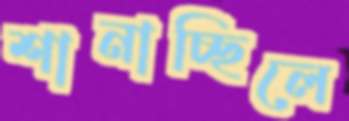
শানাচ্ছিলে